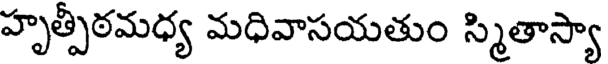
హృత్పీఠమధ్య మధివాసయతుం స్మితాస్యా